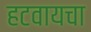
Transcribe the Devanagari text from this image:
हटवायचा